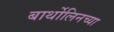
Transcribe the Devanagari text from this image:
बार्थोलिनच्या